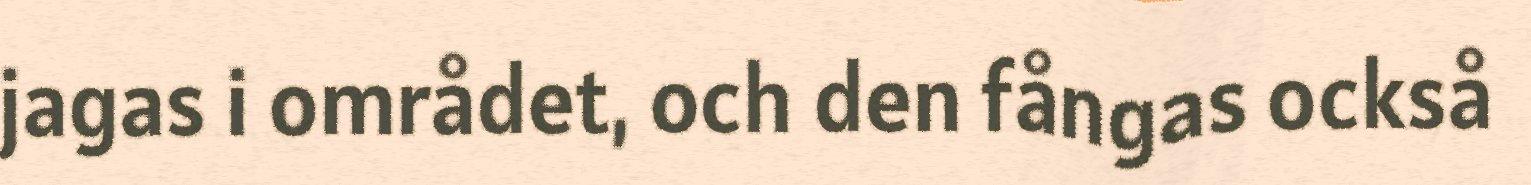
jagas i området, och den fångas också